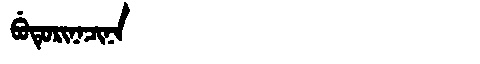
Manchu: ᠪᡠᡨᡠᡵᡳᠨᠠᠴᡳᠨᠠ
Romanization: BUTURINACINA